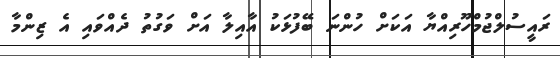
ރައީސުލްޖުމްހޫރިއްޔާ އަކަށް ހުންނަ ބޭފުޅަކު އާއިލާ އަށް ވަގުތު ދެއްވައި އެ ޒިންމާ